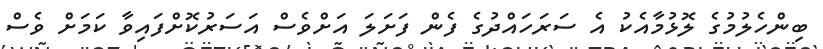
ބިންހެލުމުގެ ލޮޅުމާއެކު އެ ސަރަހައްދުގެ ފެން ފަށަލަ އަށްވެސް އަސަރުކޮށްފައިވާ ކަމަށް ވެސް